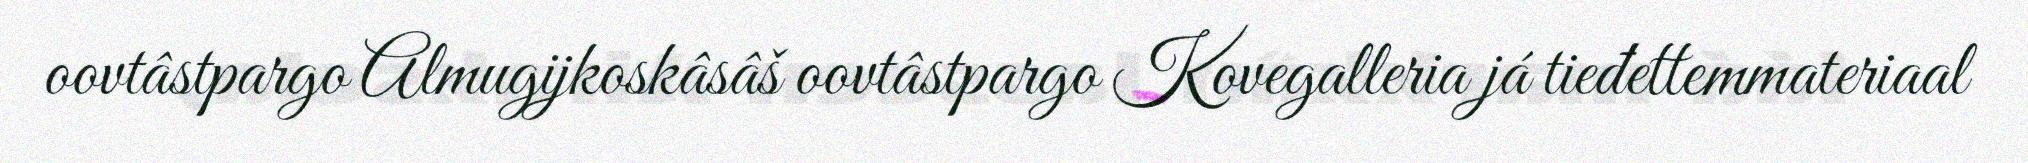
oovtâstpargo Almugijkoskâsâš oovtâstpargo Kovegalleria já tieđettemmateriaal